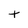
Character: t